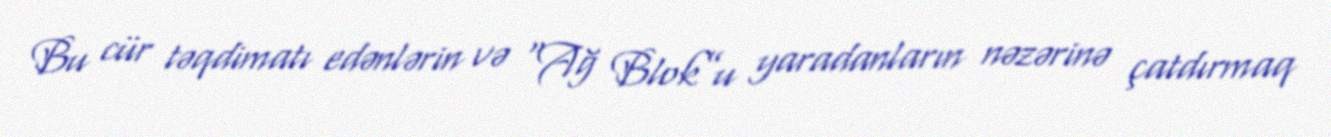
Bu cür təqdimatı edənlərin və “Ağ Blok”u yaradanların nəzərinə çatdırmaq